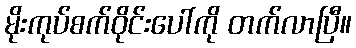
မိုးကုပ်စက်ဝိုင်းပေါ်ကို တက်လာပြီ။